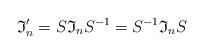
LaTeX: \begin{align*}\mathfrak{I}'_n=S\mathfrak{I}_n S^{-1}=S^{-1}\mathfrak{I}_n S\end{align*}